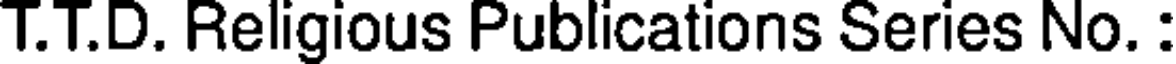
T.T.D. Religious Publications Series No. :